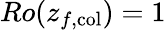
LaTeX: Ro(z_{f,\textrm{col}})=1